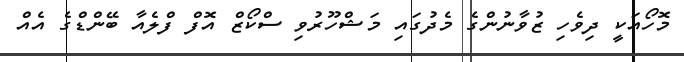
މޮހޯއަކީ ދިވެހި ޒުވާނުންގެ މެދުގައި މަޝްހޫރުވި ސްކޯޒް އޮފް ފްލެއާ ބޭންޑްގެ އެއް